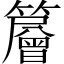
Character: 𥶰